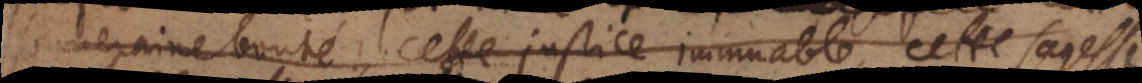
souveraine bonté, cette justice immuable, cette sagesse